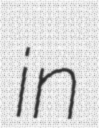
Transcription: in